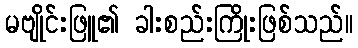
မဗျိုင်းဖြူ၏ ခါးစည်းကြိုးဖြစ်သည်။